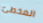
المخطئ